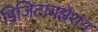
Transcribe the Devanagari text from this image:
डिजिटायझेशन